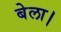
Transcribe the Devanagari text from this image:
बेला।